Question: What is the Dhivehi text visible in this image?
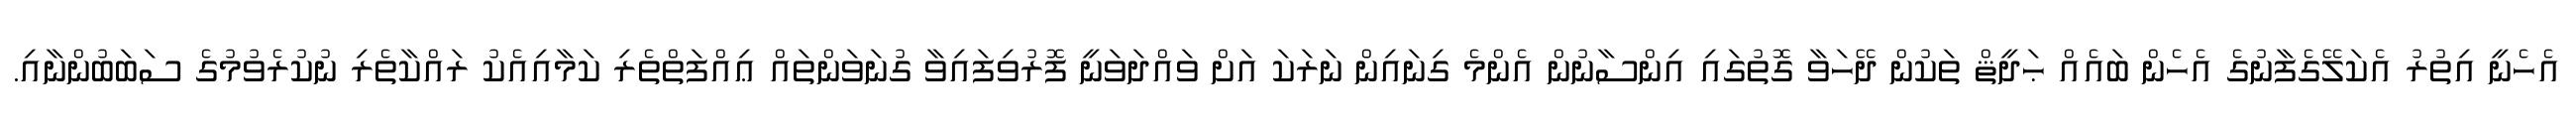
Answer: އެހެނީ އިތުރު އެކަލޭގެފާނުގެ އެހެން ބައެއް ޙަދީޘް ތަކުން ދޭހަވާ ގޮތުގައި އިންސާނުން އެންމެ ގިނައިން ނަރަކަ އަށް ވައްދަވަނީ ފޮރުވިފައިވާ ގުނަވަންތައް ޢިއްފަތްތެރި ކަމާއިއެކު ރައްކާތެރި ނުކުރެވުމުގެ ސަބަބުންނާއި.